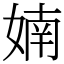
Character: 婻